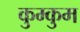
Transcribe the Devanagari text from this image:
कुम्कुम